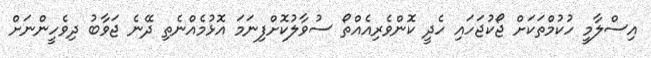
އިސްލާމީ ހުކުމްތަކަށް ޖޯކުޖަހައި ހެދީ ކޮންވެރިއެއްތޯ ސުވާލުކޮށްފިނަމަ އޮޅުމެއްނެތި ދޭނެ ޖަވާބު ދިވެހީންނަށް